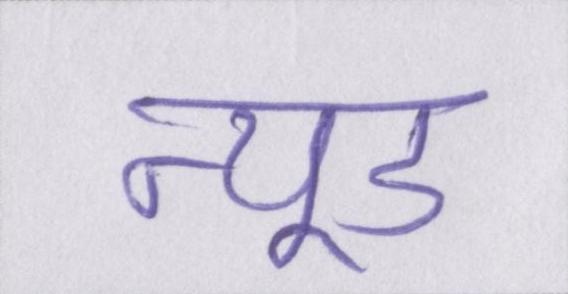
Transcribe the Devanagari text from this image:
न्यूड